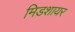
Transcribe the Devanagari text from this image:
मिडशायर